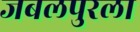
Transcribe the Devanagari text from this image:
जबलपुरला